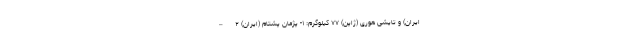
ایران) و تایشی هوری (ژاپن) ۷۷ کیلوگرم: ۱- پژمان پشتام (ایران) ۲ –